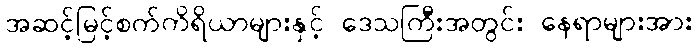
အဆင့်မြင့်စက်ကိရိယာများနှင့် ဒေသကြီးအတွင်း နေရာများအား